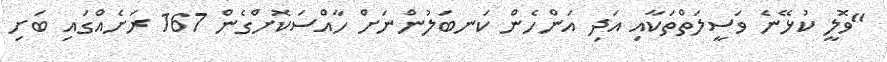
"ވޮލީ ކުޅޭނެ ވަސީލަތްތަކާއި އަދި އަންހެން ކަނބަލުންނަށް ހާއްސަކޮށްގެން 167 ރަށެއްގައި ބަށި